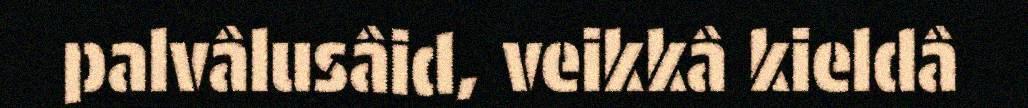
palvâlusâid, veikkâ kieldâ